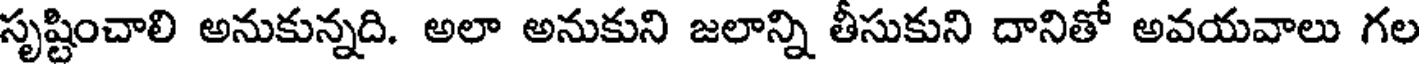
సృష్టించాలి అనుకున్నది. అలా అనుకుని జలాన్ని తీసుకుని దానితో అవయవాలు గల